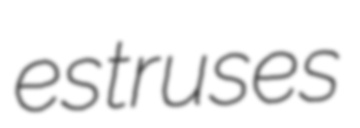
estruses